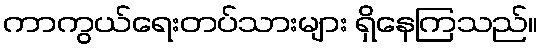
ကာကွယ်ရေးတပ်သားများ ရှိနေကြသည်။